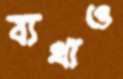
ব্যথাও